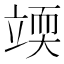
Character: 𰩥